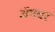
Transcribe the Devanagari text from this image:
अॅपवर